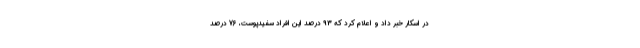
در اسکار خبر داد و اعلام کرد که 93 درصد این افراد سفیدپوست، 76 درصد